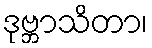
ဒုဗ္ဘာသိတာ၊